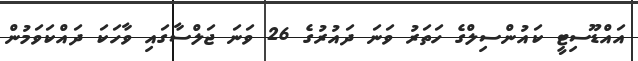
އައްޑޫސިޓީ ކައުންސިލްގެ ހަތަރު ވަނަ ދައުރުގެ 26 ވަނަ ޖަލްސާގައި ވާހަކަ ދައްކަވަމުން